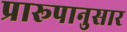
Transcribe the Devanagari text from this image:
प्रारूपानुसार